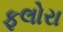
ફલોરા